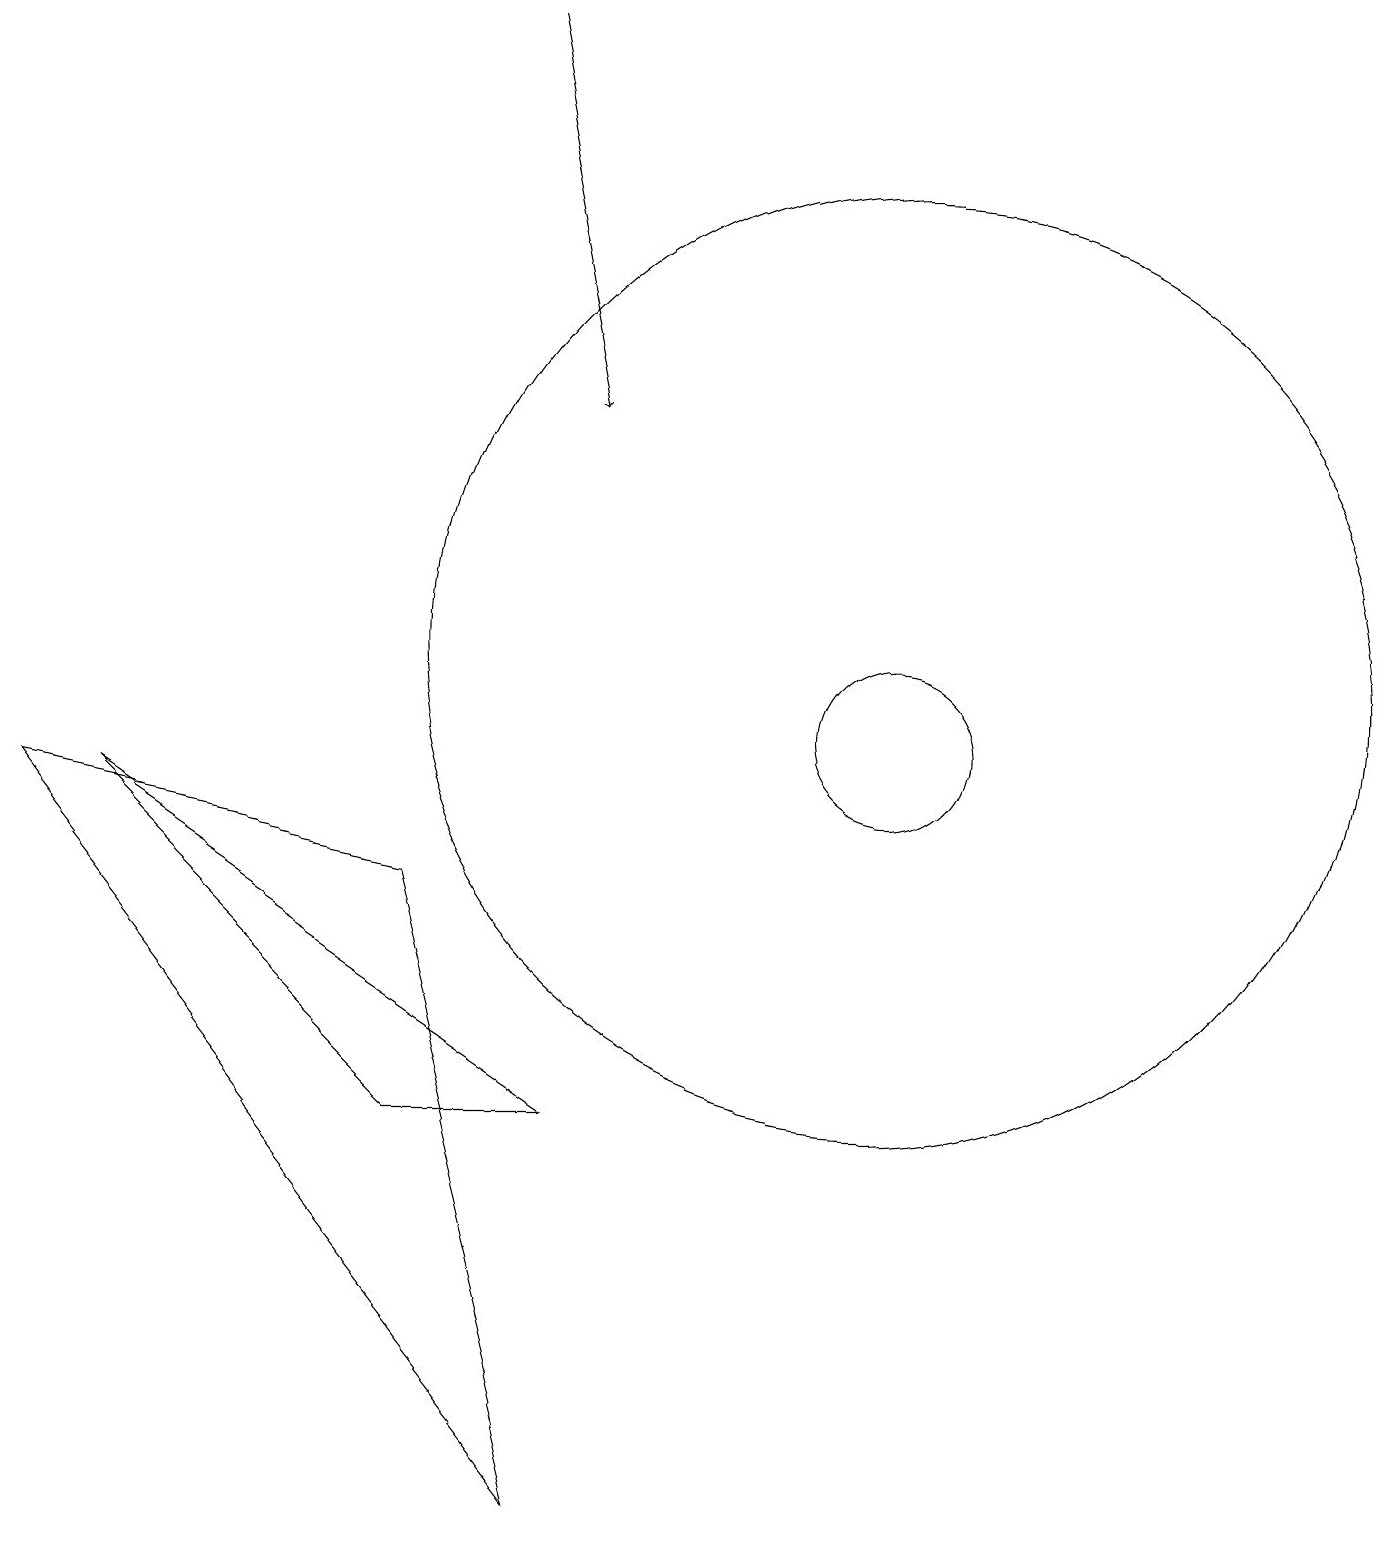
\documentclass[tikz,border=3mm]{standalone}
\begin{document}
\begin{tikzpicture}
\draw[->] (6,19) -- (7,14);
\draw (11,11) circle (6);
\draw (11,10) circle (1);
\draw (5,5) -- (1,9) -- (7,5) -- cycle;
\draw (5,8) -- (7,0) -- (0,9) -- cycle;
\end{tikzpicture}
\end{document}